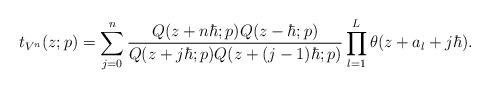
LaTeX: \begin{align*} t_{V^n}(z;p) = \sum_{j=0}^n \frac{Q(z+n\hbar;p)Q(z-\hbar;p)}{Q(z+j\hbar;p)Q(z+(j-1)\hbar;p)} \prod_{l=1}^L \theta(z+a_l+j\hbar).\end{align*}